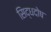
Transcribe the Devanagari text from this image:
सिद्धदोष